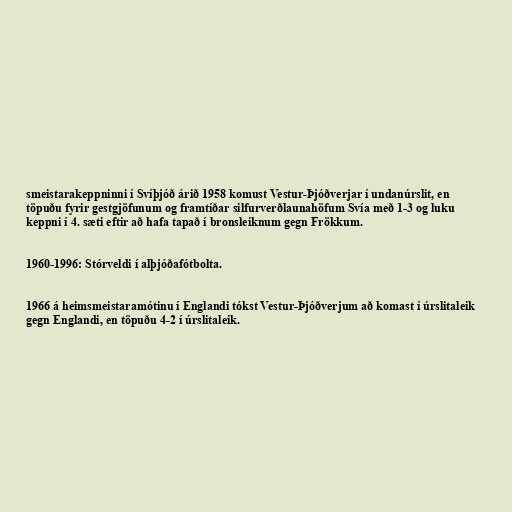
smeistarakeppninni í Svíþjóð árið 1958 komust Vestur-Þjóðverjar í undanúrslit, en
töpuðu fyrir gestgjöfunum og framtíðar silfurverðlaunahöfum Svía með 1-3 og luku
keppni í 4. sæti eftir að hafa tapað í bronsleiknum gegn Frökkum.

1960-1996: Stórveldi í alþjóðafótbolta.

1966 á heimsmeistaramótinu í Englandi tókst Vestur-Þjóðverjum að komast í úrslitaleik
gegn Englandi, en töpuðu 4-2 í úrslitaleik.